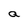
Character: a